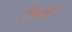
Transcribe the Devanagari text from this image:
मिलार